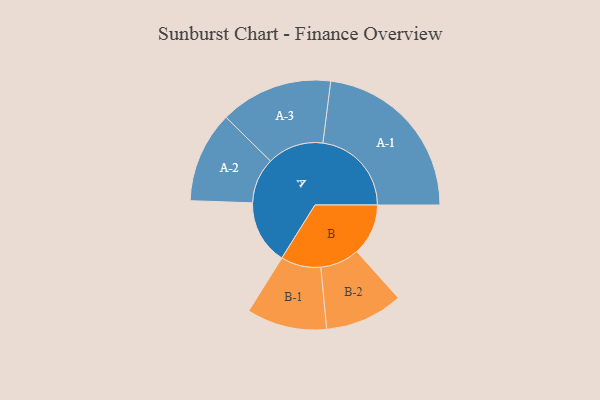
{"axis": {"x": "Segment", "y": "Value"}, "legend": ["", "A", "B"], "data": [{"x": "A", "y": 197, "type": ""}, {"x": "B", "y": 158, "type": ""}, {"x": "A-1", "y": 272, "type": "A"}, {"x": "A-2", "y": 140, "type": "A"}, {"x": "A-3", "y": 173, "type": "A"}, {"x": "B-1", "y": 123, "type": "B"}, {"x": "B-2", "y": 120, "type": "B"}]}